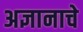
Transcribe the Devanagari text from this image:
अज्ञानाचे